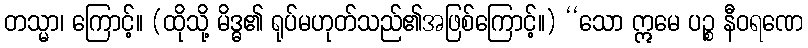
တသ္မာ၊ ကြောင့်။ (ထိုသို့ မိဒ္ဓ၏ ရုပ်မဟုတ်သည်၏အဖြစ်ကြောင့်။) ‘‘သော ဣမေ ပဉ္စ နီဝရဏေ